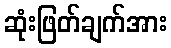
ဆုံးဖြတ်ချက်အား